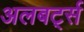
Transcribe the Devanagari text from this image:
अलबर्ट्स